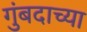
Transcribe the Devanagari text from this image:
गुंबदाच्या